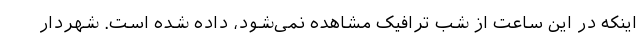
اینکه در این ساعت از شب ترافیک مشاهده نمی‌شود، داده شده است. شهردار